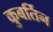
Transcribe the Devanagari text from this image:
कुबर्तिन